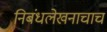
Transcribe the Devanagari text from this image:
निबंधलेखनाचाच